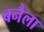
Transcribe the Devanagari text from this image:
बनैला